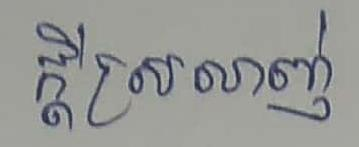
ក្ដីស្រលាញ់